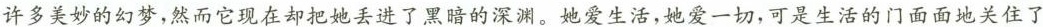
许多美妙的幻梦，然而它现在却把她丢进了黑暗的深渊。她爱生活，她爱一切，可是生活的门面面地关住了